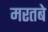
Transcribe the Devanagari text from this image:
मरतबे